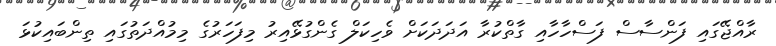
ރާއްޖޭގައި ފަންސާސް ފަސްހާހާއި ގާތްކުރާ އަދަދަކަށް ވެހިކަލް ގެންގުޅޭއިރު މިފަހަރުގެ މިމުއްދަތުގައި ތިންބައިކުޅަ